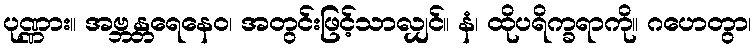
ပုဏ္ဏား။ အဗ္ဘန္တရေနေဝ၊ အတွင်းဖြင့်သာလျှင်။ နံ၊ ထိုပရိက္ခရာကို။ ဂဟေတွာ၊